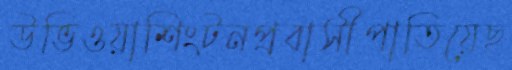
উভিওয়াশিংটনপ্রবাসীপাতিয়েছ